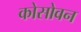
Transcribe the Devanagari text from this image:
कोसोवन